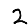
Digit: 2